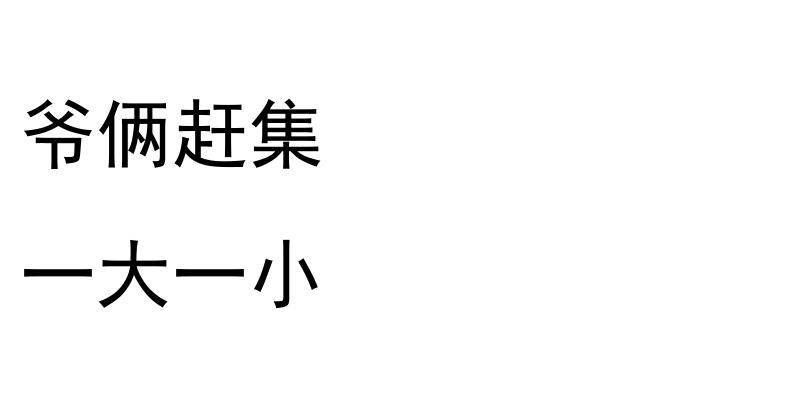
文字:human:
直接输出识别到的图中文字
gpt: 爷俩赶集 一大一小